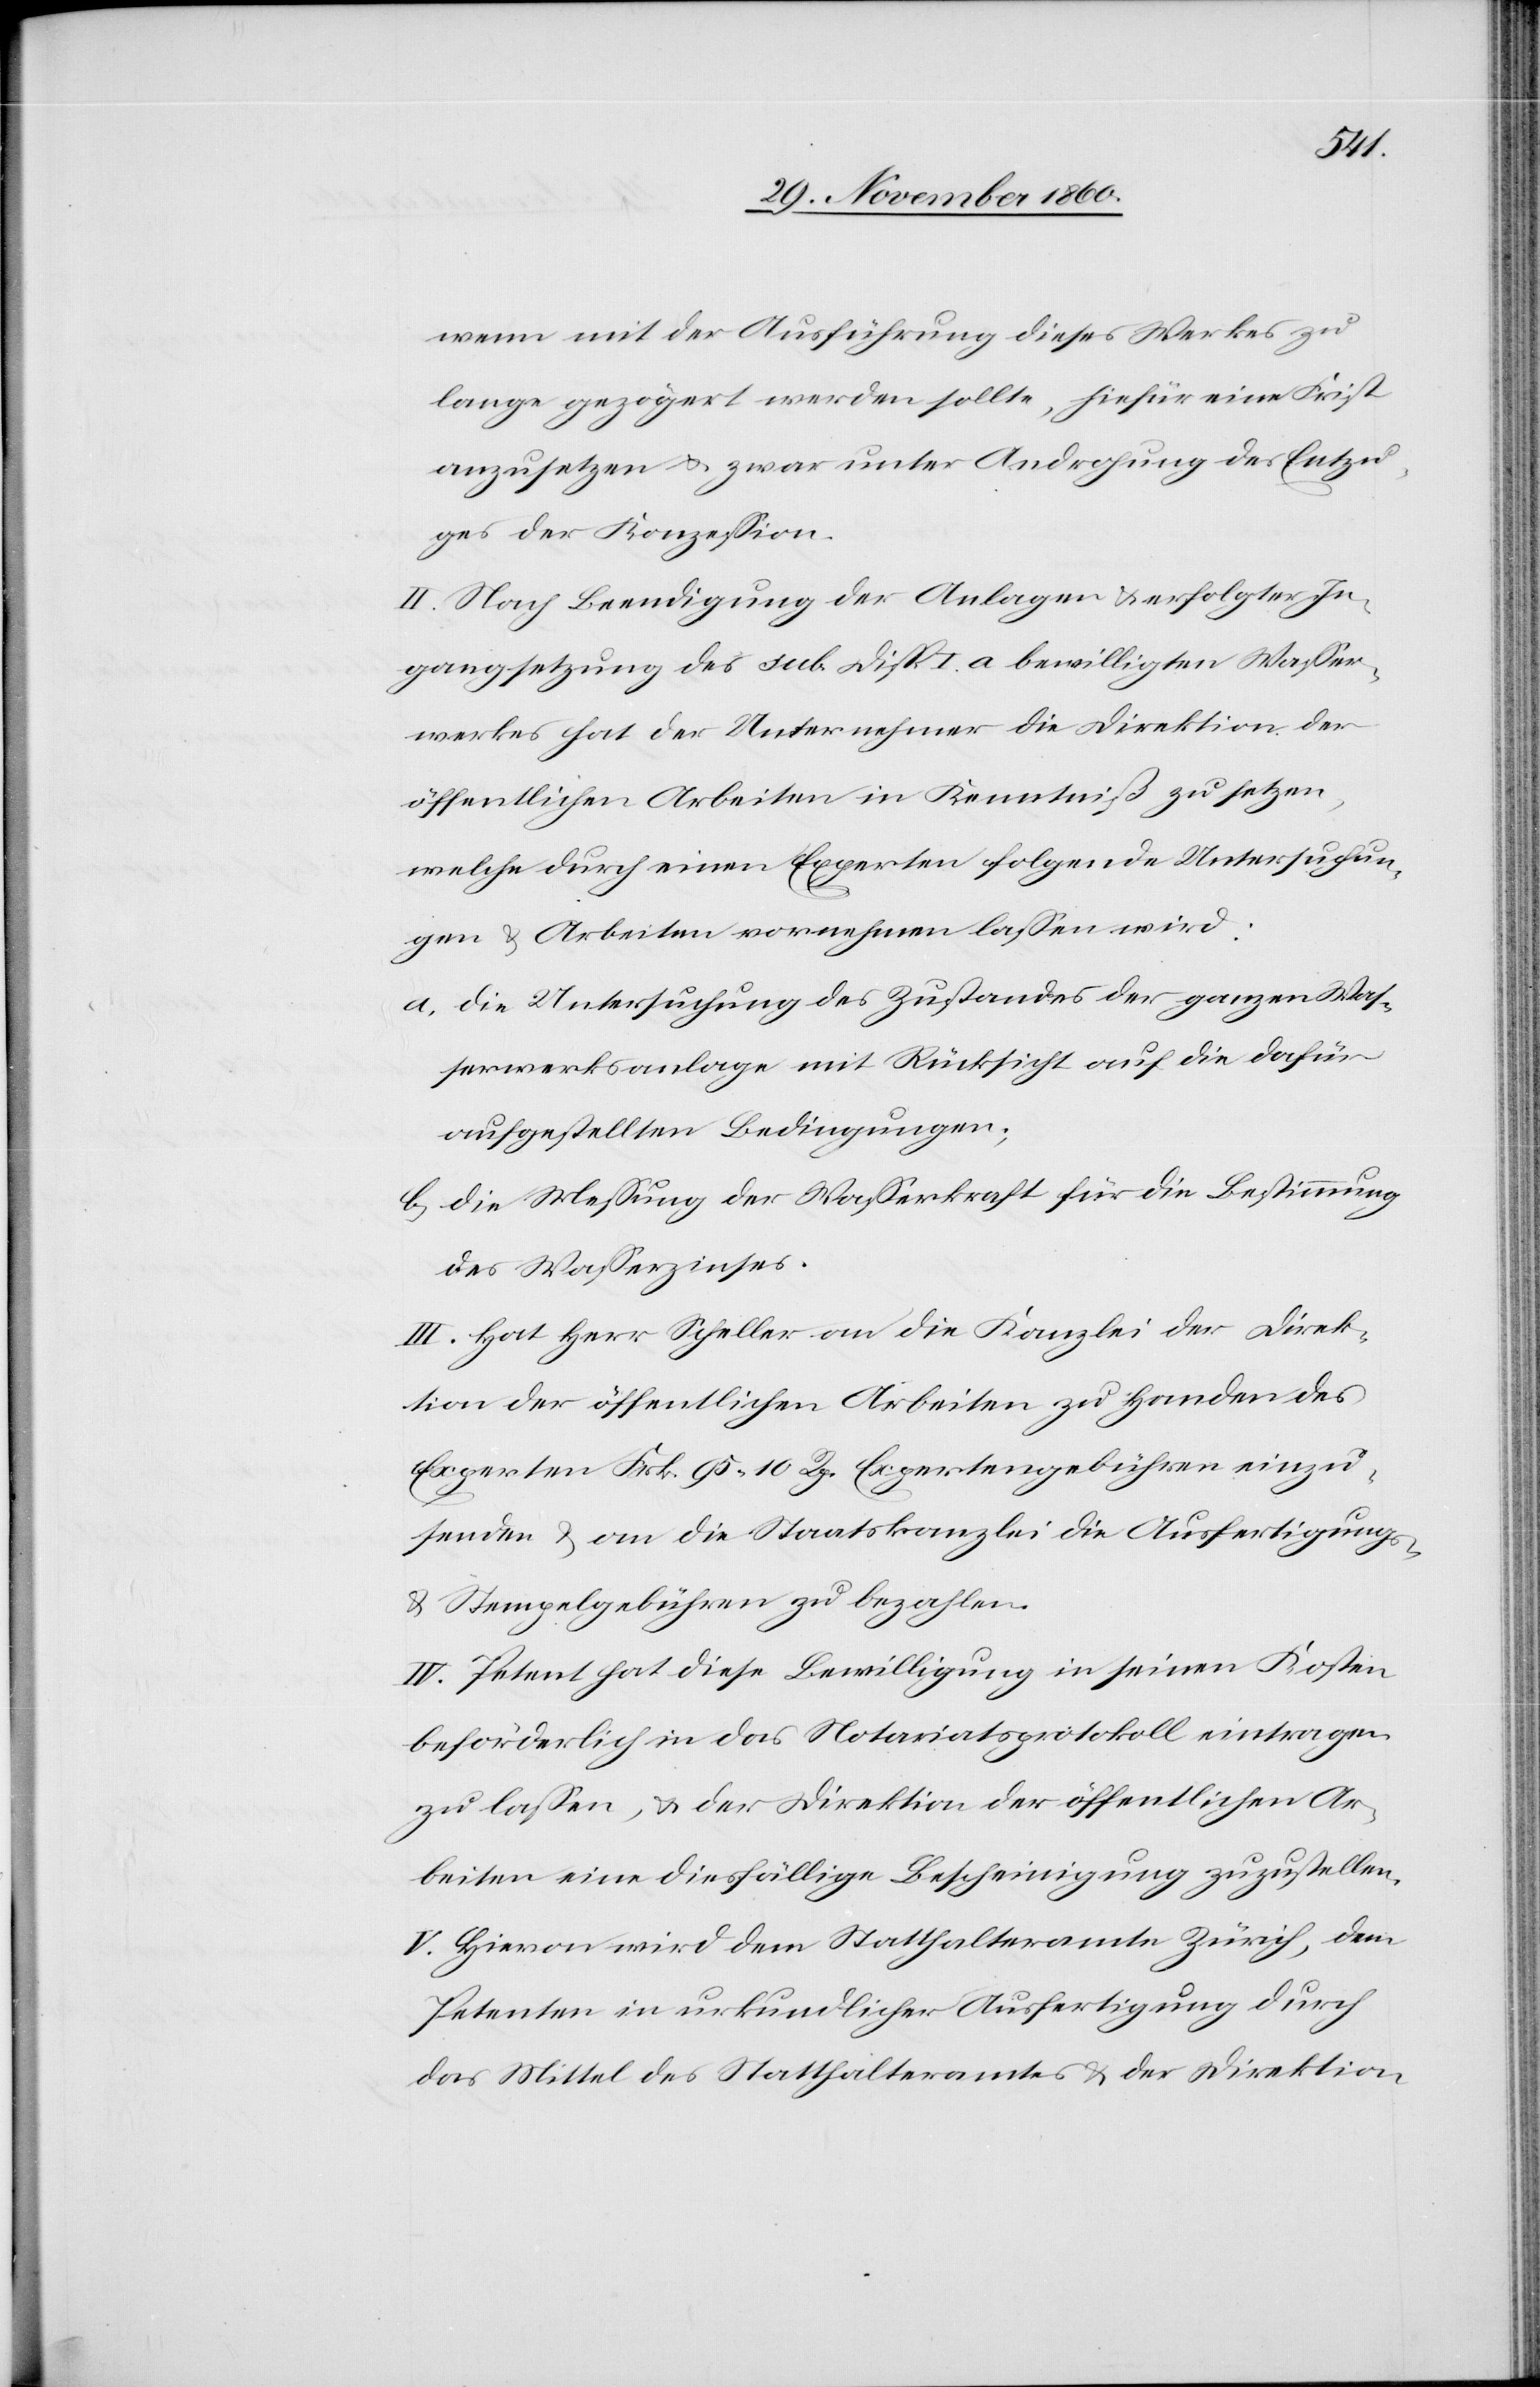
wenn mit der Ausführung dieses Werkes zu
lange gezögert werden sollte, hiefür eine Frist
anzusetzen u. zwar unter Androhung des Entzu¬
ges der Konzession.
II. Nach Beendigung der Anlagen u. erfolgter In¬
gangsetzung des sub Disp. I a bewilligten Wasser¬
werkes hat der Unternehmer die Direktion der
öffentlichen Arbeiten in Kenntniß zu setzen,
welche durch einen Experten folgende Untersuchun¬
gen u. Arbeiten vornehmen lassen wird:
a. Die Untersuchung des Zustandes der ganzen Was¬
serwerksanlage mit Rücksicht auf die dafür
aufgestellten Bedingungen;
b. Die Messung der Wasserkraft für die Bestimmung
des Wasserzinses.
III. Hat Herr Scheller an die Kanzlei der Direk¬
tion der öffentlichen Arbeiten zu Handen des
Experten Frk. 95 10 Rp. Expertengebühren einzu¬
senden u. an die Staatskanzlei die Ausfertigungs-
u. Stempelgebühren zu bezahlen.
IV. Petent hat diese Bewilligung in seinen Kosten
beförderlich in das Notariatsprotokoll eintragen
zu lassen, u. der Direktion der öffentlichen Ar¬
beiten eine diesfällige Bescheinigung zuzustellen.
V. Hievon wird dem Statthalteramte Zürich, dem
Petenten in urkundlicher Ausfertigung durch
das Mittel des Statthalteramtes u. der Direktion